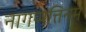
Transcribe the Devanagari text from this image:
नागप्पत्तिनम